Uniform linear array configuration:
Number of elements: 48
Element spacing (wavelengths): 0.75
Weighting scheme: hann
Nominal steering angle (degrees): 45
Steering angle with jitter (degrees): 44.436
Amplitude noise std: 0.05
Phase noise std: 0.05

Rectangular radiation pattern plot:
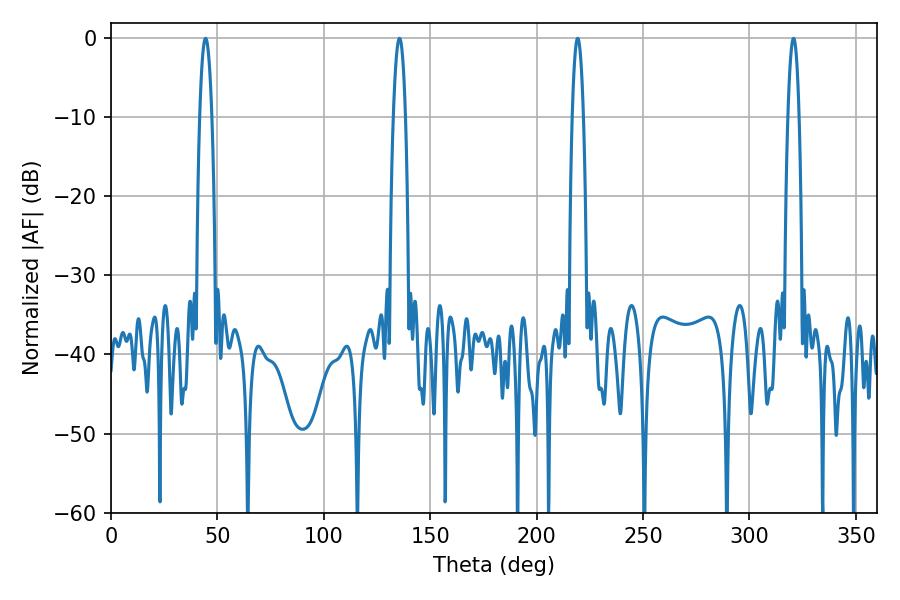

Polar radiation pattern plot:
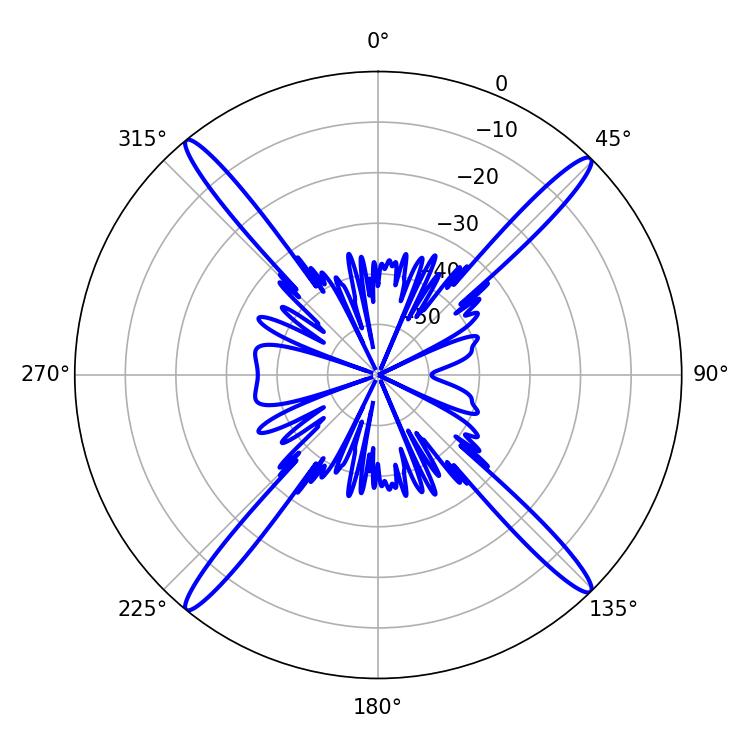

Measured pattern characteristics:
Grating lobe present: TRUE
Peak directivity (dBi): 21.604
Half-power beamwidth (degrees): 3.24
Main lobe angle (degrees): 44.46